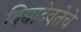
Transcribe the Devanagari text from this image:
विद्यादेवतेचे